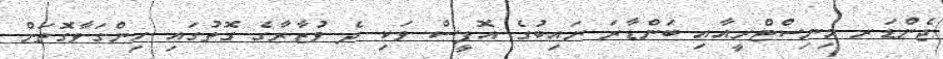
ޖެންޑަރ މިނިސްޓްރީއާއި ބަންޑާރަ ނައިބުގެ އޮފީސް ވަކި ދެ ވުޒާރާގެ ގޮތުގައި ހިންގަވާގޮތަށް